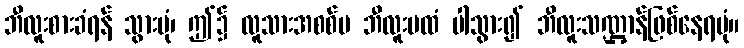
ဘီလူးစားခံရန် သွားပုံ၊ ဤ၌ လူသားအစစ်မ ဘီလူးမထံ ပါသွား၍ ဘီလူးသဏ္ဌာန်ဖြစ်နေရပုံ။